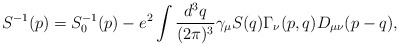
\begin{align*}S^{-1}(p)=S_{0}^{-1}(p)-e^{2}\int \frac{d^{3}q}{(2\pi )^{3}}\gamma _{\mu}S(q)\Gamma _{\nu }(p,q)D_{\mu \nu }(p-q),\end{align*}